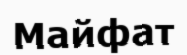
Майфат